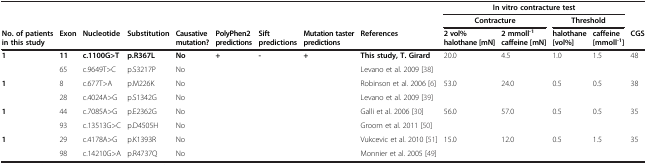
<table><thead><tr><td><b> </b></td><td><b> </b></td><td><b> </b></td><td><b> </b></td><td><b> </b></td><td><b> </b></td><td><b> </b></td><td><b> </b></td><td><b> </b></td><td colspan="3"><b>In vitro contracture test</b></td><td><b> </b></td><td><b> </b></td></tr><tr><td><b> </b></td><td><b> </b></td><td><b> </b></td><td><b> </b></td><td><b> </b></td><td><b> </b></td><td><b> </b></td><td><b> </b></td><td><b> </b></td><td><b>Contracture</b></td><td><b> </b></td><td><b>Threshold</b></td><td><b> </b></td><td><b> </b></td></tr><tr><td><b>No. of patients in this study</b></td><td><b>Exon</b></td><td><b>Nucleotide</b></td><td><b>Substitution</b></td><td><b>Causative mutation?</b></td><td><b>PolyPhen2 predictions</b></td><td><b>Sift predictions</b></td><td><b>Mutation taster predictions</b></td><td><b>References</b></td><td><b>2 vol% halothane [mN]</b></td><td><b>2 mmoll<sup>-1 </sup>caffeine [mN]</b></td><td><b>halothane [vol%]</b></td><td><b>caffeine [mmoll<sup>-1</sup>]</b></td><td><b>CGS</b></td></tr></thead><tbody><tr><td rowspan="2"><b>1</b></td><td><b>11</b></td><td><b>c.1100G&gt;T</b></td><td><b>p.R367L</b></td><td><b>No</b></td><td><b>+</b></td><td><b>-</b></td><td><b>+</b></td><td><b>This study, T. Girard</b></td><td rowspan="2">20.0</td><td rowspan="2">4.5</td><td rowspan="2">1.0</td><td rowspan="2">1.5</td><td rowspan="2">48</td></tr><tr><td>65</td><td>c.9649T&gt;C</td><td>p.S3217P</td><td>No</td><td> </td><td> </td><td> </td><td>Levano et al. 2009 [38]</td></tr><tr><td rowspan="2"><b>1</b></td><td>8</td><td>c.677T&gt;A</td><td>p.M226K</td><td>No</td><td> </td><td> </td><td> </td><td>Robinson et al. 2006 [6]</td><td rowspan="2">53.0</td><td rowspan="2">24.0</td><td rowspan="2">0.5</td><td rowspan="2">0.5</td><td rowspan="2">38</td></tr><tr><td>28</td><td>c.4024A&gt;G</td><td>p.S1342G</td><td>No</td><td> </td><td> </td><td> </td><td>Levano et al. 2009 [39]</td></tr><tr><td rowspan="2"><b>1</b></td><td>44</td><td>c.7085A&gt;G</td><td>p.E2362G</td><td>No</td><td> </td><td> </td><td> </td><td>Galli et al. 2006 [30]</td><td rowspan="2">56.0</td><td rowspan="2">57.0</td><td rowspan="2">0.5</td><td rowspan="2">0.5</td><td rowspan="2">35</td></tr><tr><td>93</td><td>c.13513G&gt;C</td><td>p.D4505H</td><td>No</td><td> </td><td> </td><td> </td><td>Groom et al. 2011 [50]</td></tr><tr><td><b>1</b></td><td>29</td><td>c.4178A&gt;G</td><td>p.K1393R</td><td>No</td><td> </td><td> </td><td> </td><td>Vukcevic et al. 2010 [51]</td><td>15.0</td><td>12.0</td><td>0.5</td><td>1.5</td><td>35</td></tr><tr><td> </td><td>98</td><td>c.14210G&gt;A</td><td>p.R4737Q</td><td>No</td><td> </td><td> </td><td> </td><td>Monnier et al. 2005 [49]</td><td> </td><td> </td><td> </td><td> </td><td> </td></tr></tbody></table>